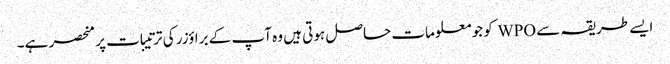
ایسے طریقہ سے WPO کو جو معلومات حاصل ہوتی ہیں وہ آپ کے براؤزر کی ترتیبات پر منحصر ہے۔